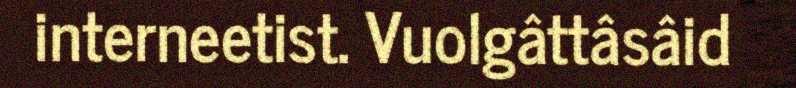
interneetist. Vuolgâttâsâid